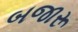
બજારૂ